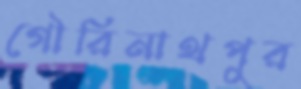
গৌরিনাথপুর